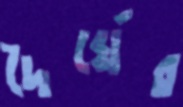
দৈর্ঘের